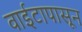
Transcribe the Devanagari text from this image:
वाईटापासून